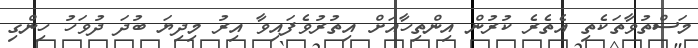
މަސްތުވާތަކެތި އެތެރެ ކުރުން އިންތިހާއަށް އިތުރުވެފައިވާ އިރު މިދިޔަ ބުދަ ދުވަހު ހިންގި